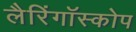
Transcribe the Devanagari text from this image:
लैरिंगॉस्कोप